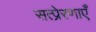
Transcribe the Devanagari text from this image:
सत्प्रेरणाएँ